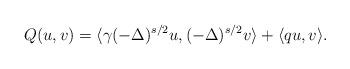
LaTeX: \begin{align*}Q(u,v) = \langle \gamma(-\Delta)^{s/2}u, (-\Delta)^{s/2}v \rangle + \langle qu, v \rangle.\end{align*}